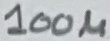
Text: 100µ